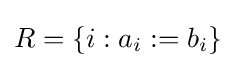
R=\{i:a_{i}:=b_{i}\}